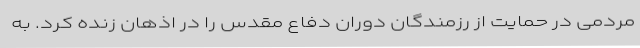
مردمی در حمایت از رزمندگان دوران دفاع مقدس را در اذهان زنده کرد. به